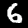
Label: 6